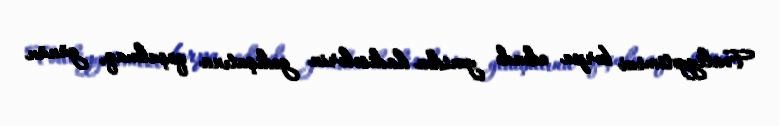
Fəaliyyətimizi bərpa edəndə yenidən hadisələrin gedişatına qoşulmaq, günün